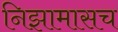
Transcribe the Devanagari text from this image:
निझामासच